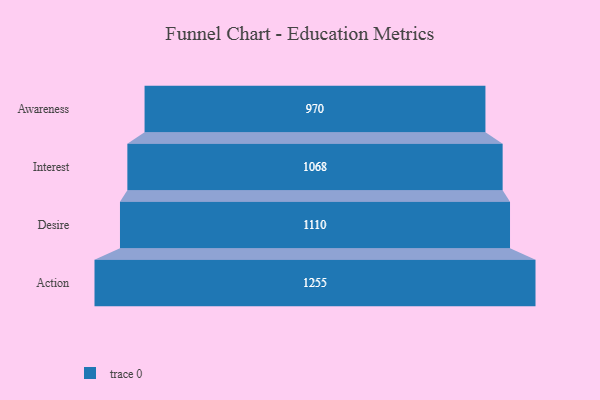
{"axis": {"x": "Stage", "y": "Value"}, "legend": [""], "data": [{"x": "Awareness", "y": 970.0, "type": ""}, {"x": "Interest", "y": 1068.0, "type": ""}, {"x": "Desire", "y": 1110.0, "type": ""}, {"x": "Action", "y": 1255.0, "type": ""}]}